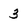
Character: 3